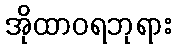
အိုထာဝရဘုရား